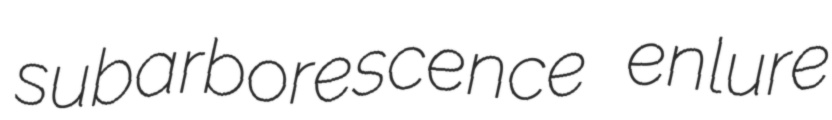
subarborescence enlure